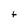
Character: t